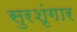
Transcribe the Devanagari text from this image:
सुरशृंगार